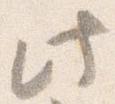
此